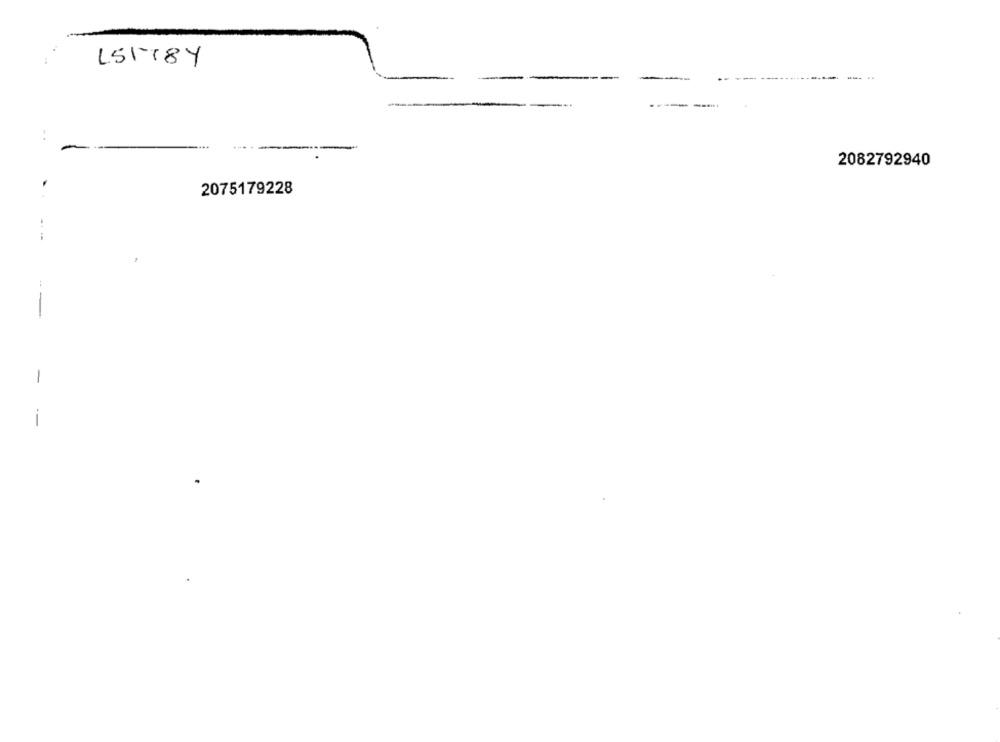
15118Y
...
2082792940
2075179228
-